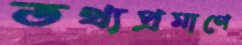
তথ্যপ্রমাণে